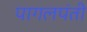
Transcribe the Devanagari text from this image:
पागलपंती